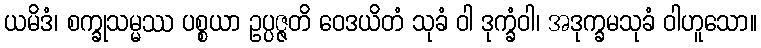
ယမိဒံ၊ စက္ခုသမ္မဿ ပစ္စယာ ဥပ္ပဇ္ဇတိ ဝေဒယိတံ သုခံ ဝါ ဒုက္ခံဝါ၊ အဒုက္ခမသုခံ ဝါဟူသော။